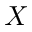
X